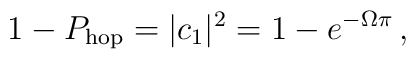
1 - P_{\rm hop} = |c_1|^2 = 1 - e^{-\Omega\pi}\,,